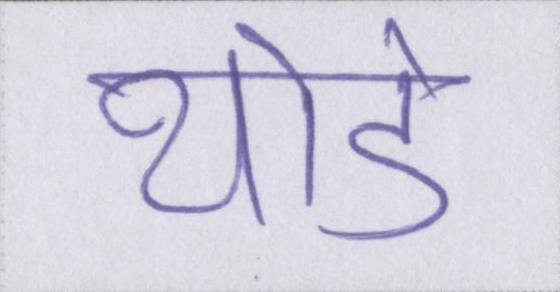
थोडे